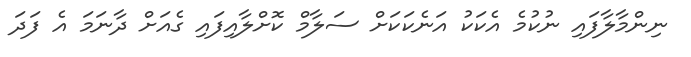
ނިންމާލާފައި ނުކުމެ އެކަކު އަނެކަކަށް ސަލާމް ކޮށްލާއިފައި ގެއަށް ދާނަމަ އެ ފަދަ